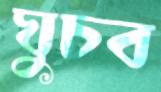
ঘুচব